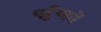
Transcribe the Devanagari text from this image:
पहुँचानें